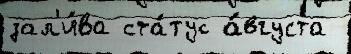
зал'и́ва ста́тус а́вгуста